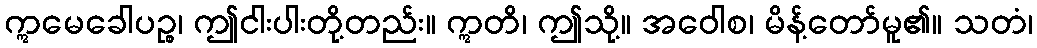
ဣမေခေါပဉ္စ၊ ဤငါးပါးတို့တည်း။ ဣတိ၊ ဤသို့။ အဝေါစ၊ မိန့်တော်မူ၏။ သတံ၊